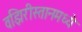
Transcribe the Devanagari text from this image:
वझिरीस्तानमध्ये